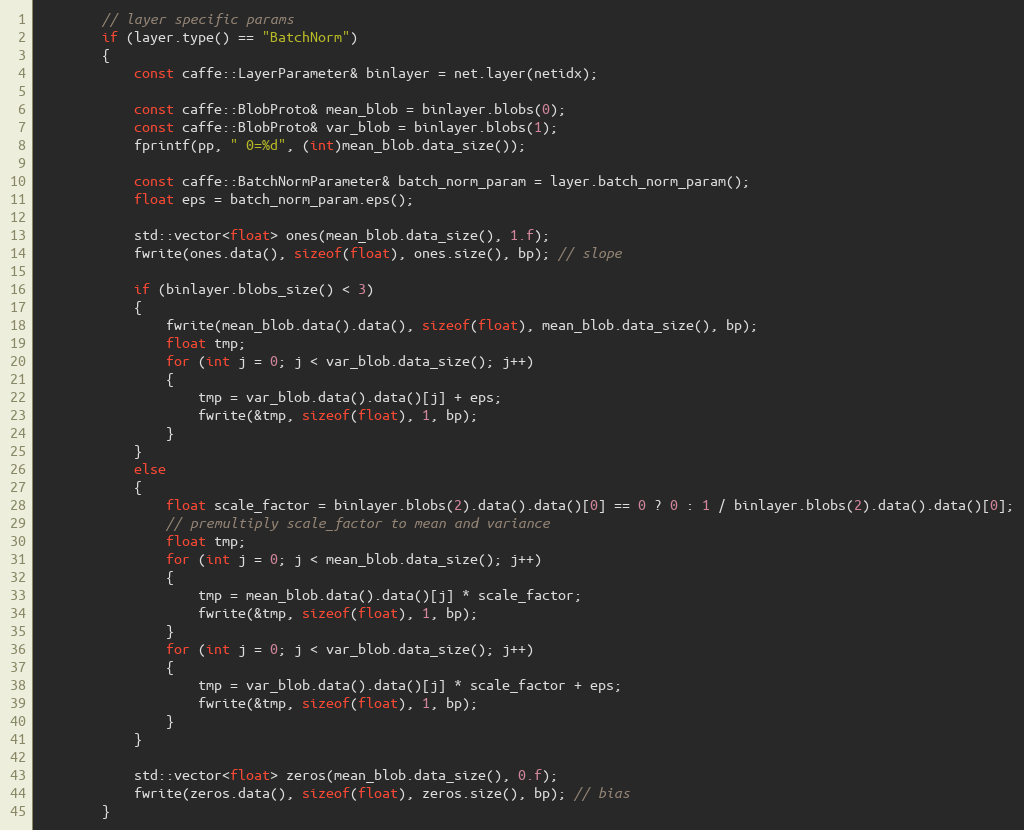
Language: C++
        // layer specific params
        if (layer.type() == "BatchNorm")
        {
            const caffe::LayerParameter& binlayer = net.layer(netidx);

            const caffe::BlobProto& mean_blob = binlayer.blobs(0);
            const caffe::BlobProto& var_blob = binlayer.blobs(1);
            fprintf(pp, " 0=%d", (int)mean_blob.data_size());

            const caffe::BatchNormParameter& batch_norm_param = layer.batch_norm_param();
            float eps = batch_norm_param.eps();

            std::vector<float> ones(mean_blob.data_size(), 1.f);
            fwrite(ones.data(), sizeof(float), ones.size(), bp); // slope

            if (binlayer.blobs_size() < 3)
            {
                fwrite(mean_blob.data().data(), sizeof(float), mean_blob.data_size(), bp);
                float tmp;
                for (int j = 0; j < var_blob.data_size(); j++)
                {
                    tmp = var_blob.data().data()[j] + eps;
                    fwrite(&tmp, sizeof(float), 1, bp);
                }
            }
            else
            {
                float scale_factor = binlayer.blobs(2).data().data()[0] == 0 ? 0 : 1 / binlayer.blobs(2).data().data()[0];
                // premultiply scale_factor to mean and variance
                float tmp;
                for (int j = 0; j < mean_blob.data_size(); j++)
                {
                    tmp = mean_blob.data().data()[j] * scale_factor;
                    fwrite(&tmp, sizeof(float), 1, bp);
                }
                for (int j = 0; j < var_blob.data_size(); j++)
                {
                    tmp = var_blob.data().data()[j] * scale_factor + eps;
                    fwrite(&tmp, sizeof(float), 1, bp);
                }
            }

            std::vector<float> zeros(mean_blob.data_size(), 0.f);
            fwrite(zeros.data(), sizeof(float), zeros.size(), bp); // bias
        }